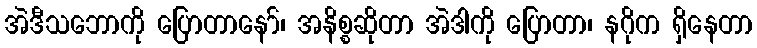
အဲဒီသဘောကို ပြောတာနော်၊ အနိစ္စဆိုတာ အဲဒါကို ပြောတာ၊ နဂိုက ရှိနေတာ